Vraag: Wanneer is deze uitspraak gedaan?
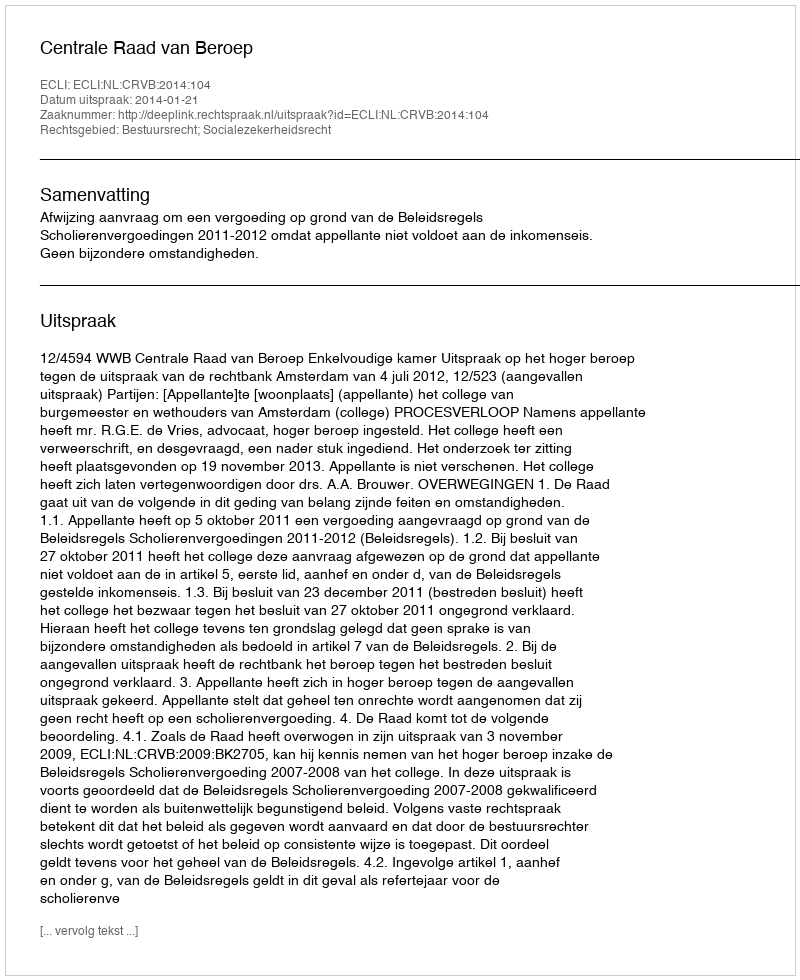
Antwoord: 2014-01-21